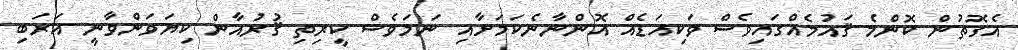
އެގޮތުން ކޮންމެ ޤައުމެއްގައިވެސް ވަކިއަޑެއް އޮންނާނެކަމަށާއި ނަމަވެސް ކީރިތި ޤުރުއާން ކިޔަވަންވާނީ އަރަބި